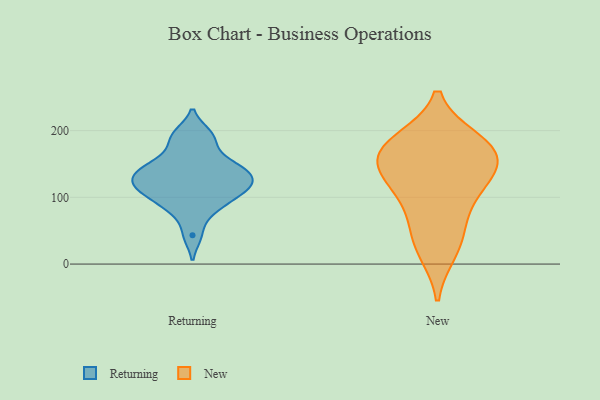
{"axis": {"x": "Active Users", "y": "Value"}, "legend": ["New", "Returning"], "data": [{"x": "", "y": 105, "type": "Returning"}, {"x": "", "y": 43, "type": "Returning"}, {"x": "", "y": 192, "type": "Returning"}, {"x": "", "y": 134, "type": "Returning"}, {"x": "", "y": 115, "type": "Returning"}, {"x": "", "y": 151, "type": "Returning"}, {"x": "", "y": 144, "type": "Returning"}, {"x": "", "y": 83, "type": "Returning"}, {"x": "", "y": 83, "type": "Returning"}, {"x": "", "y": 114, "type": "Returning"}, {"x": "", "y": 122, "type": "Returning"}, {"x": "", "y": 135, "type": "Returning"}, {"x": "", "y": 109, "type": "Returning"}, {"x": "", "y": 195, "type": "Returning"}, {"x": "", "y": 141, "type": "Returning"}, {"x": "", "y": 171, "type": "Returning"}, {"x": "", "y": 111, "type": "New"}, {"x": "", "y": 122, "type": "New"}, {"x": "", "y": 155, "type": "New"}, {"x": "", "y": 178, "type": "New"}, {"x": "", "y": 20, "type": "New"}, {"x": "", "y": 75, "type": "New"}, {"x": "", "y": 172, "type": "New"}, {"x": "", "y": 184, "type": "New"}, {"x": "", "y": 137, "type": "New"}, {"x": "", "y": 165, "type": "New"}, {"x": "", "y": 39, "type": "New"}]}